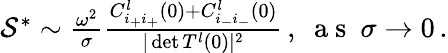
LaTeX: \begin{array}{r}{\mathcal{S}^{*}\sim\frac{\omega^{2}}{\sigma}\frac{C_{i_{+}i_{+}}^{l}(0)+C_{i_{-}i_{-}}^{l}(0)}{\vert\operatorname*{det}T^{l}(0)\vert^{2}}\, ,~\mathrm{~a~s~}~\sigma\rightarrow 0\, .}\end{array}